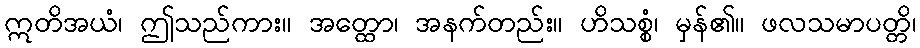
ဣတိအယံ၊ ဤသည်ကား။ အတ္ထော၊ အနက်တည်း။ ဟိသစ္စံ၊ မှန်၏။ ဖလသမာပတ္တိ၊